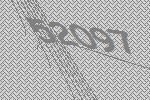
52097